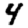
Digit: 4